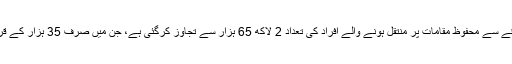
سندھ میں دریا کے کچے کے علاقے سے محفوظ مقامات پر منتقل ہونے والے افراد کی تعداد 2 لاکھ 65 ہزار سے تجاوز کرگئی ہے، جن میں صرف 35 ہزار کے قریب ریلیف کیمپوں میں موجود ہیں۔